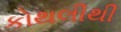
કોથલીથી